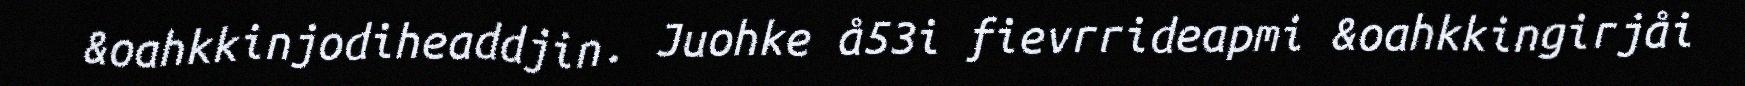
&oahkkinjodiheaddjin. Juohke å53i fievrrideapmi &oahkkingirjåi